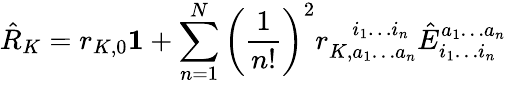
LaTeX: \hat{R}_{K}=r_{K,0}\mathbf{1}+\sum_{n=1}^{N}\left(\frac{1}{n!}\right)^{2}r_{K,a_{1}\ldots a_{n}}^{\phantom{K,}i_{1}\ldots i_{n}}\hat{E}_{i_{1}\ldots i_{n}}^{a_{1}\ldots a_{n}}